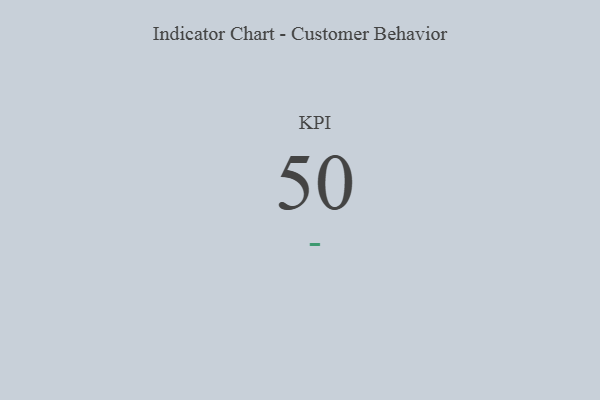
{"axis": {"x": "KPI", "y": "Value"}, "legend": [""], "data": [{"x": "KPI", "y": 50, "type": ""}]}